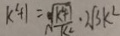
k ^ { 2 } + 1 = \sqrt { \frac { k ^ { 2 } + 1 } { k ^ { 2 } } } \cdot 2 \sqrt { 3 } k ^ { 2 }